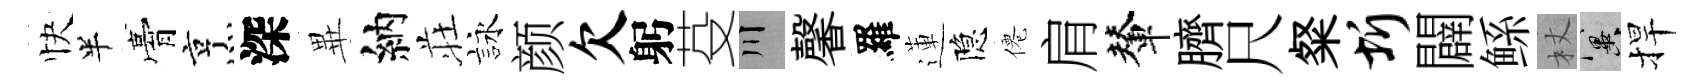
快半膏烹深𭺾納荘詠颜欠躬芟川馨羅蓮隐僊肩輦臍尺粲圻闢鲧杖冀捍